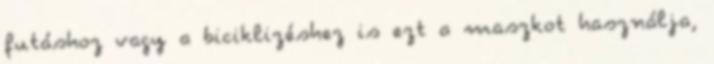
futáshoz vagy a biciklizéshez is ezt a maszkot használja,